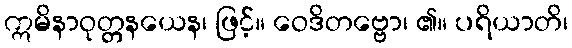
ဣမိနာဝုတ္တနယေန၊ ဖြင့်။ ဝေဒိတဗ္ဗော၊ ၏။ ပရိယာတိ၊